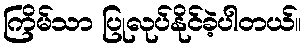
ကြိမ်သာ ပြုလုပ်နိုင်ခဲ့ပါတယ်။